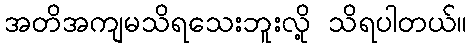
အတိအကျမသိရသေးဘူးလို့ သိရပါတယ်။